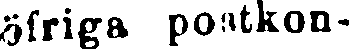
öfriga postkon-